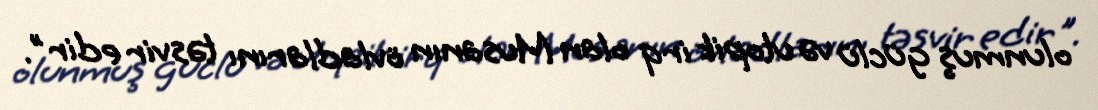
olunmuş güclü və utopik irq olan Musanın övladlarını təsvir edir".